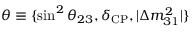
\boldsymbol { \theta } \equiv \{ \sin ^ { 2 } \theta _ { 2 3 } , \delta _ { \mathrm { C P } } , \vert \Delta m _ { 3 1 } ^ { 2 } \vert \}